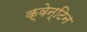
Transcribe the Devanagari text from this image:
क्वेन्टिन